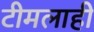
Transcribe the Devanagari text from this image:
टीमलाही